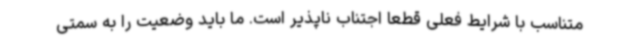
متناسب با شرایط فعلی قطعا اجتناب ناپذیر است. ما باید وضعیت را به سمتی